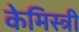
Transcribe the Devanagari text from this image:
केमिस्त्री